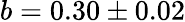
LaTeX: b=0.30\pm 0.02